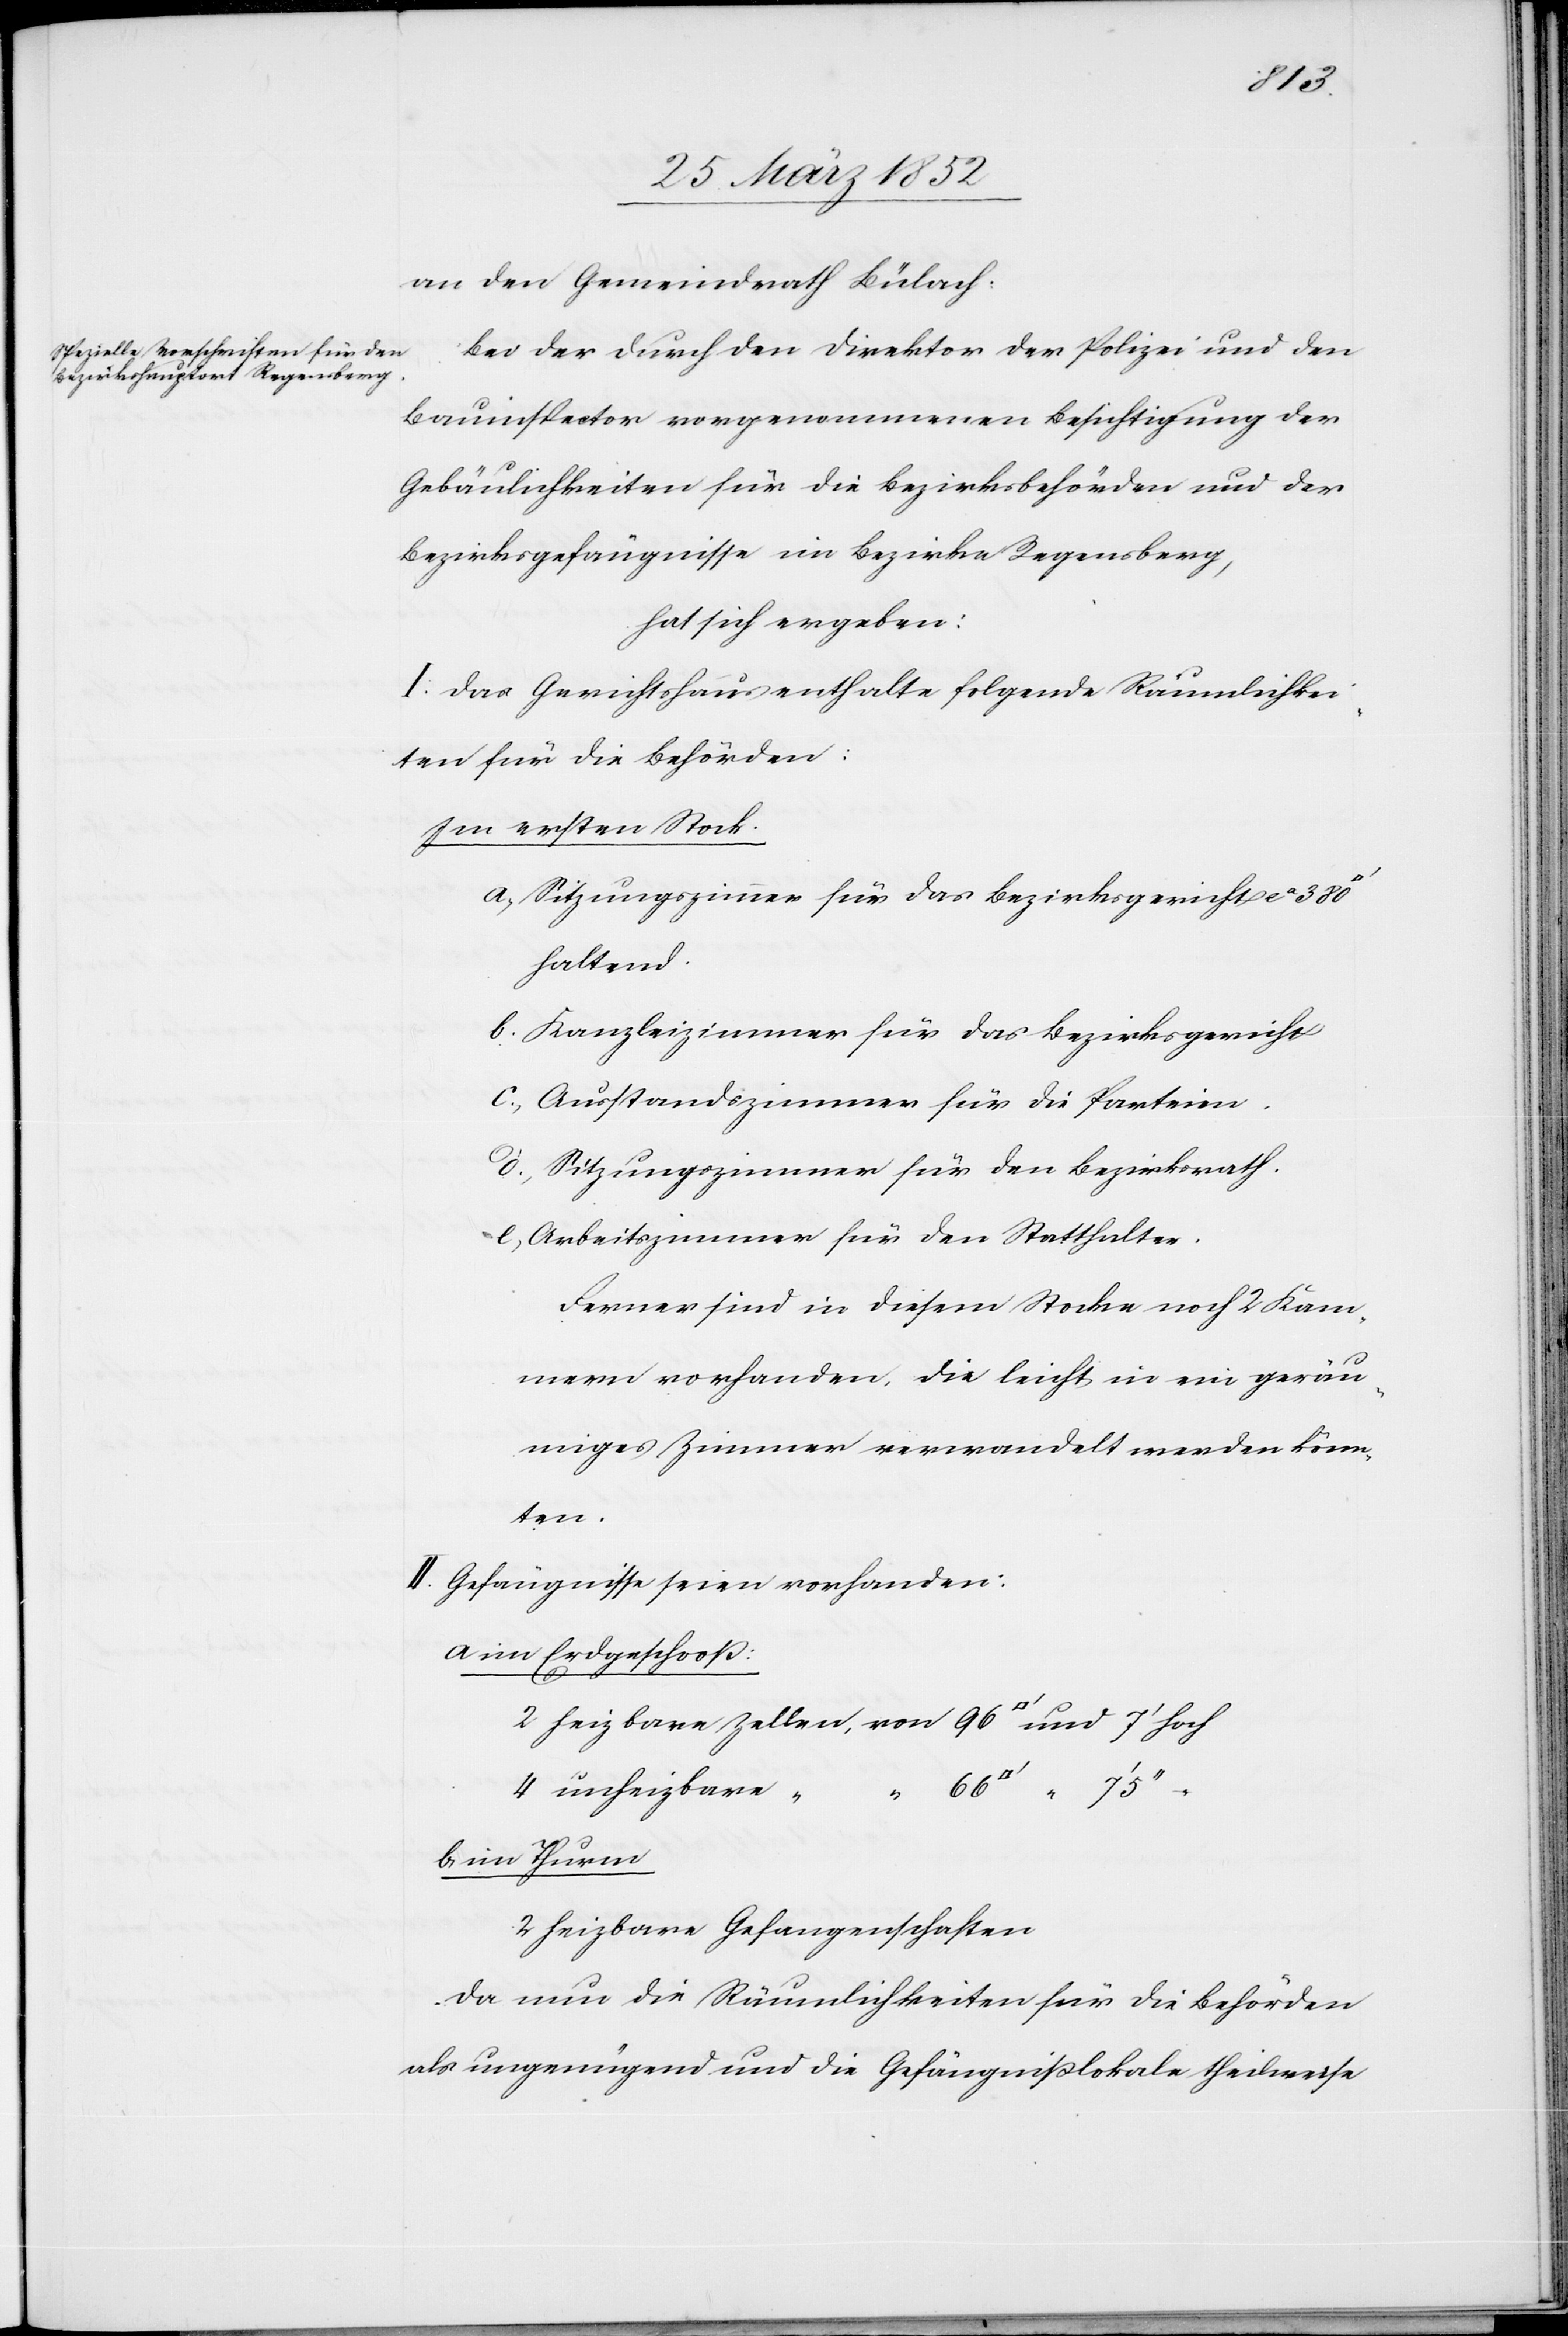
an den Gemeindrath Bülach.
Bei der durch den Direktor der Polizei und den
Bauinspektor vorgenommenen Besichtigung der
Gebäulichkeiten für die Bezirksbehörden und der
Bezirksgefängnisse im Bezirke Regensberg,
hat sich ergeben:
I. Das Gerichtshaus enthalte folgende Räumlichkei¬
ten für die Behörden:
Im ersten Stock.
a) Sitzungszimmer für das Bezirksgericht ca 380
haltend.
b) Kanzleizimmer für das Bezirksgericht
c) Ausstandszimmer für die Parteien.
d) Sitzungszimmer für den Bezirksrath.
e) Arbeitszimmer für den Statthalter.
Ferner sind in diesem Stocke noch 2 Kam¬
mern vorhanden, die leicht in ein geräu¬
miges Zimmer verwandelt werden können.
II. Gefängnisse seien vorhanden:
a im Erdgeschoß:
Zellen
4 unheizbare “
b im Thurm
2 heizbare Gefangenschaften
Da nun die Räumlichkeiten für die Behörden
als ungenügend und die Gefängnißlokale theilweise